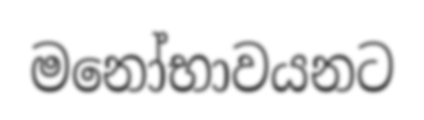
මනෝභාවයනට